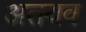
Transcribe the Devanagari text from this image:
अतयव